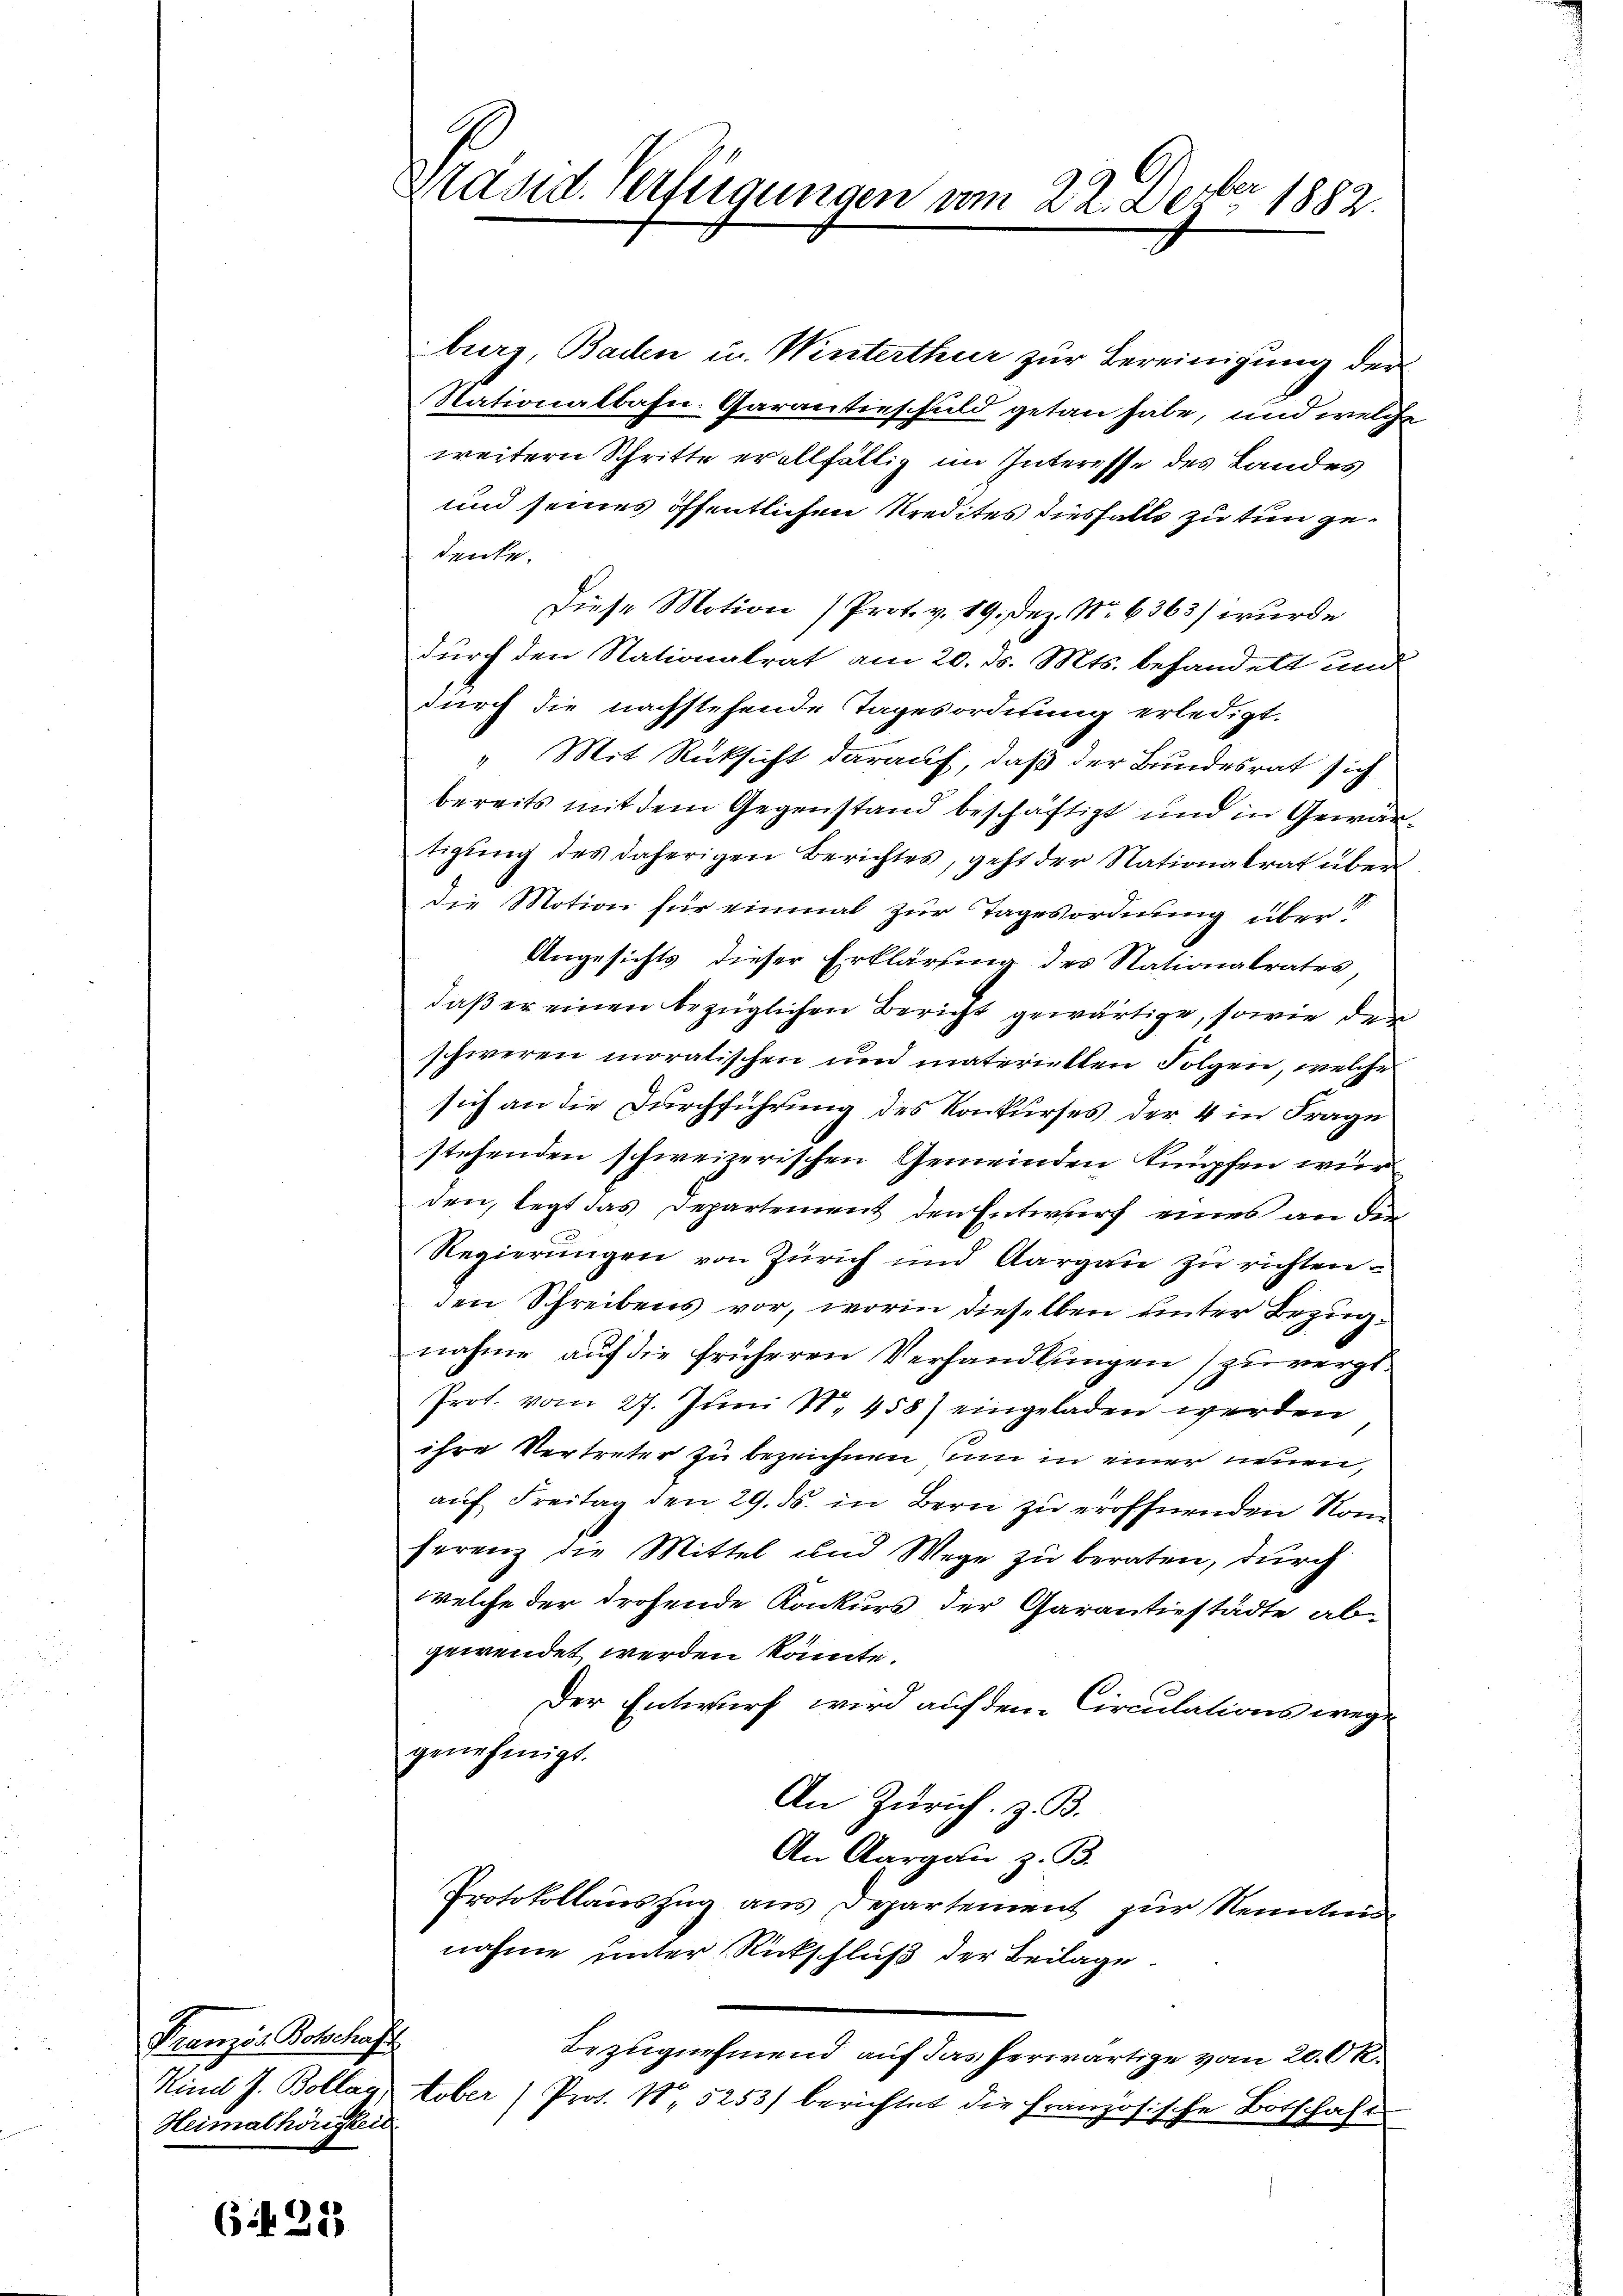
Französ. Botschaft
Heimathörigkeit

G § 22

Präsid. Verfügungen vom 22. Deber 1882.
.

urz, Baden u. Winterthur zur Bereinigung der
Nationalbahn-Garantieschuld getan habe, und welche
weitern Schritte er allfällig im Interesse des Landes
und seines öffentlichen Kredites diesfalls zu tun gedenke.
Diese Motion (Prot. v. 19. Dez. Nr. 6363) wurde
durch den Stationalrat am 20. ds. Mts. behandelt und
durch die nachstehende Tagesordnung erledigt.
" Mit Rücksicht darauf, daß der Bundesrat sich
bereits mit dem Gegenstand beschäftigt und in Gewärtigung des daherigen Berichtes, geht der Nationalrat über
die Motion für einmal zur Tagesordnung über?
Angesichts dieser Erklärung des Stationalrates
daß er einen bezüglichen Bericht gewärtige, sowie der
schweren moralischen und materiellen Folgen, welche
sich an die Durchführung des Konkurses der 4 in Frage
stehenden schweizerischen Gemeinden knüpfen wur
den, legt das Departement den Entwurf eines an die
Regierungen von Zürich und Aargau zu richten.
den Schreibens vor, worin dieselben unter Bezugnahme auf die früheren Verhandlungen zu verge¬
Prot. vom 27. Juni 18. 458) eingeladen werden
ihre Vertreter zu bezeichnen, um in einer neuen,
auf Freitag den 29. ds. in Bern zu eröffnenden Nom
ferenz die Mittel und Wege zu beraten, durch
welche der drohende Konkurs der Garantiestädte ab-
gewendet werden könnte.
Der Entwurf wird auf dem Circulations wege
genehmigt.
An Zürich. z. B.
An Aargau z. B.
Protokollauszug aus Departement zur Kenntni
nahme unter Rückschluß der Beilage.
Bezugnehmend auf das herwärtige vom 20. Ok¬
Kind J. Bollay tober (Prot. N. 5253) berichtet die Französische Botschaft